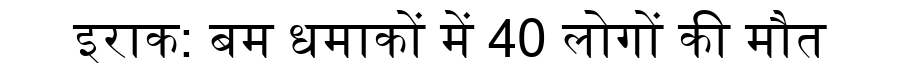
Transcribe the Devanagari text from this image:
इराक: बम धमाकों में 40 लोगों की मौत